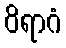
ဝိရာဂံ